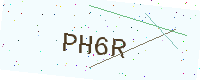
Text: PH6R